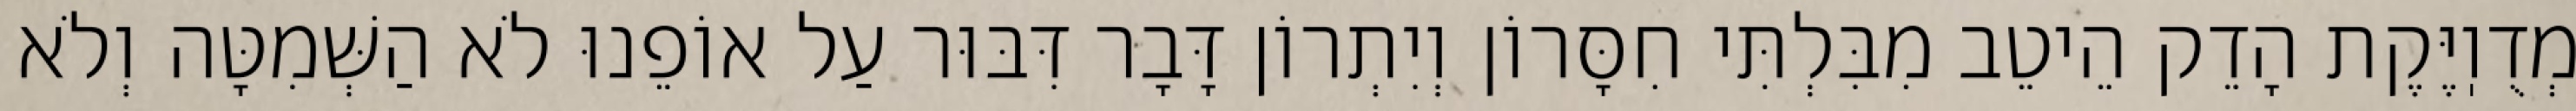
מְדֻוֽיֶּקֶת הָדֵק הֵיטֵב מִבִּלְתִּי חִסָּרוֹן וְיִתְרוֹן דָּבָר דִּבּוּר עַל אוֹפֵנוּ לֹא הַשְּׁמִטָּה וְלֹא